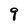
Character: 9